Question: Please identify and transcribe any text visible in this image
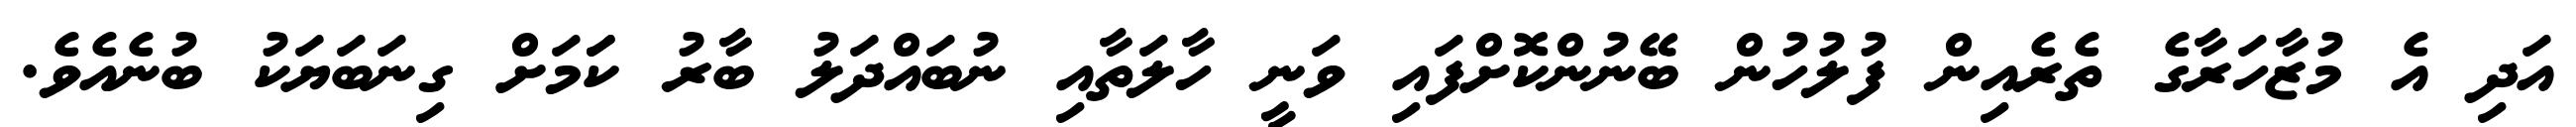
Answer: އަދި އެ މުޒާހަރާގެ ތެރެއިން ފުލުހުން ބޭނުންކޮށްފައި ވަނީ ހާލަތާއި ނުބައްދަލު ބާރު ކަަމަށް ގިނަބަޔަކު ބުނެއެވެ.